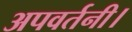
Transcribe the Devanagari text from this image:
अपवर्तनी।